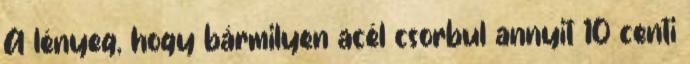
A lényeg, hogy bármilyen acél csorbul annyit 10 centi